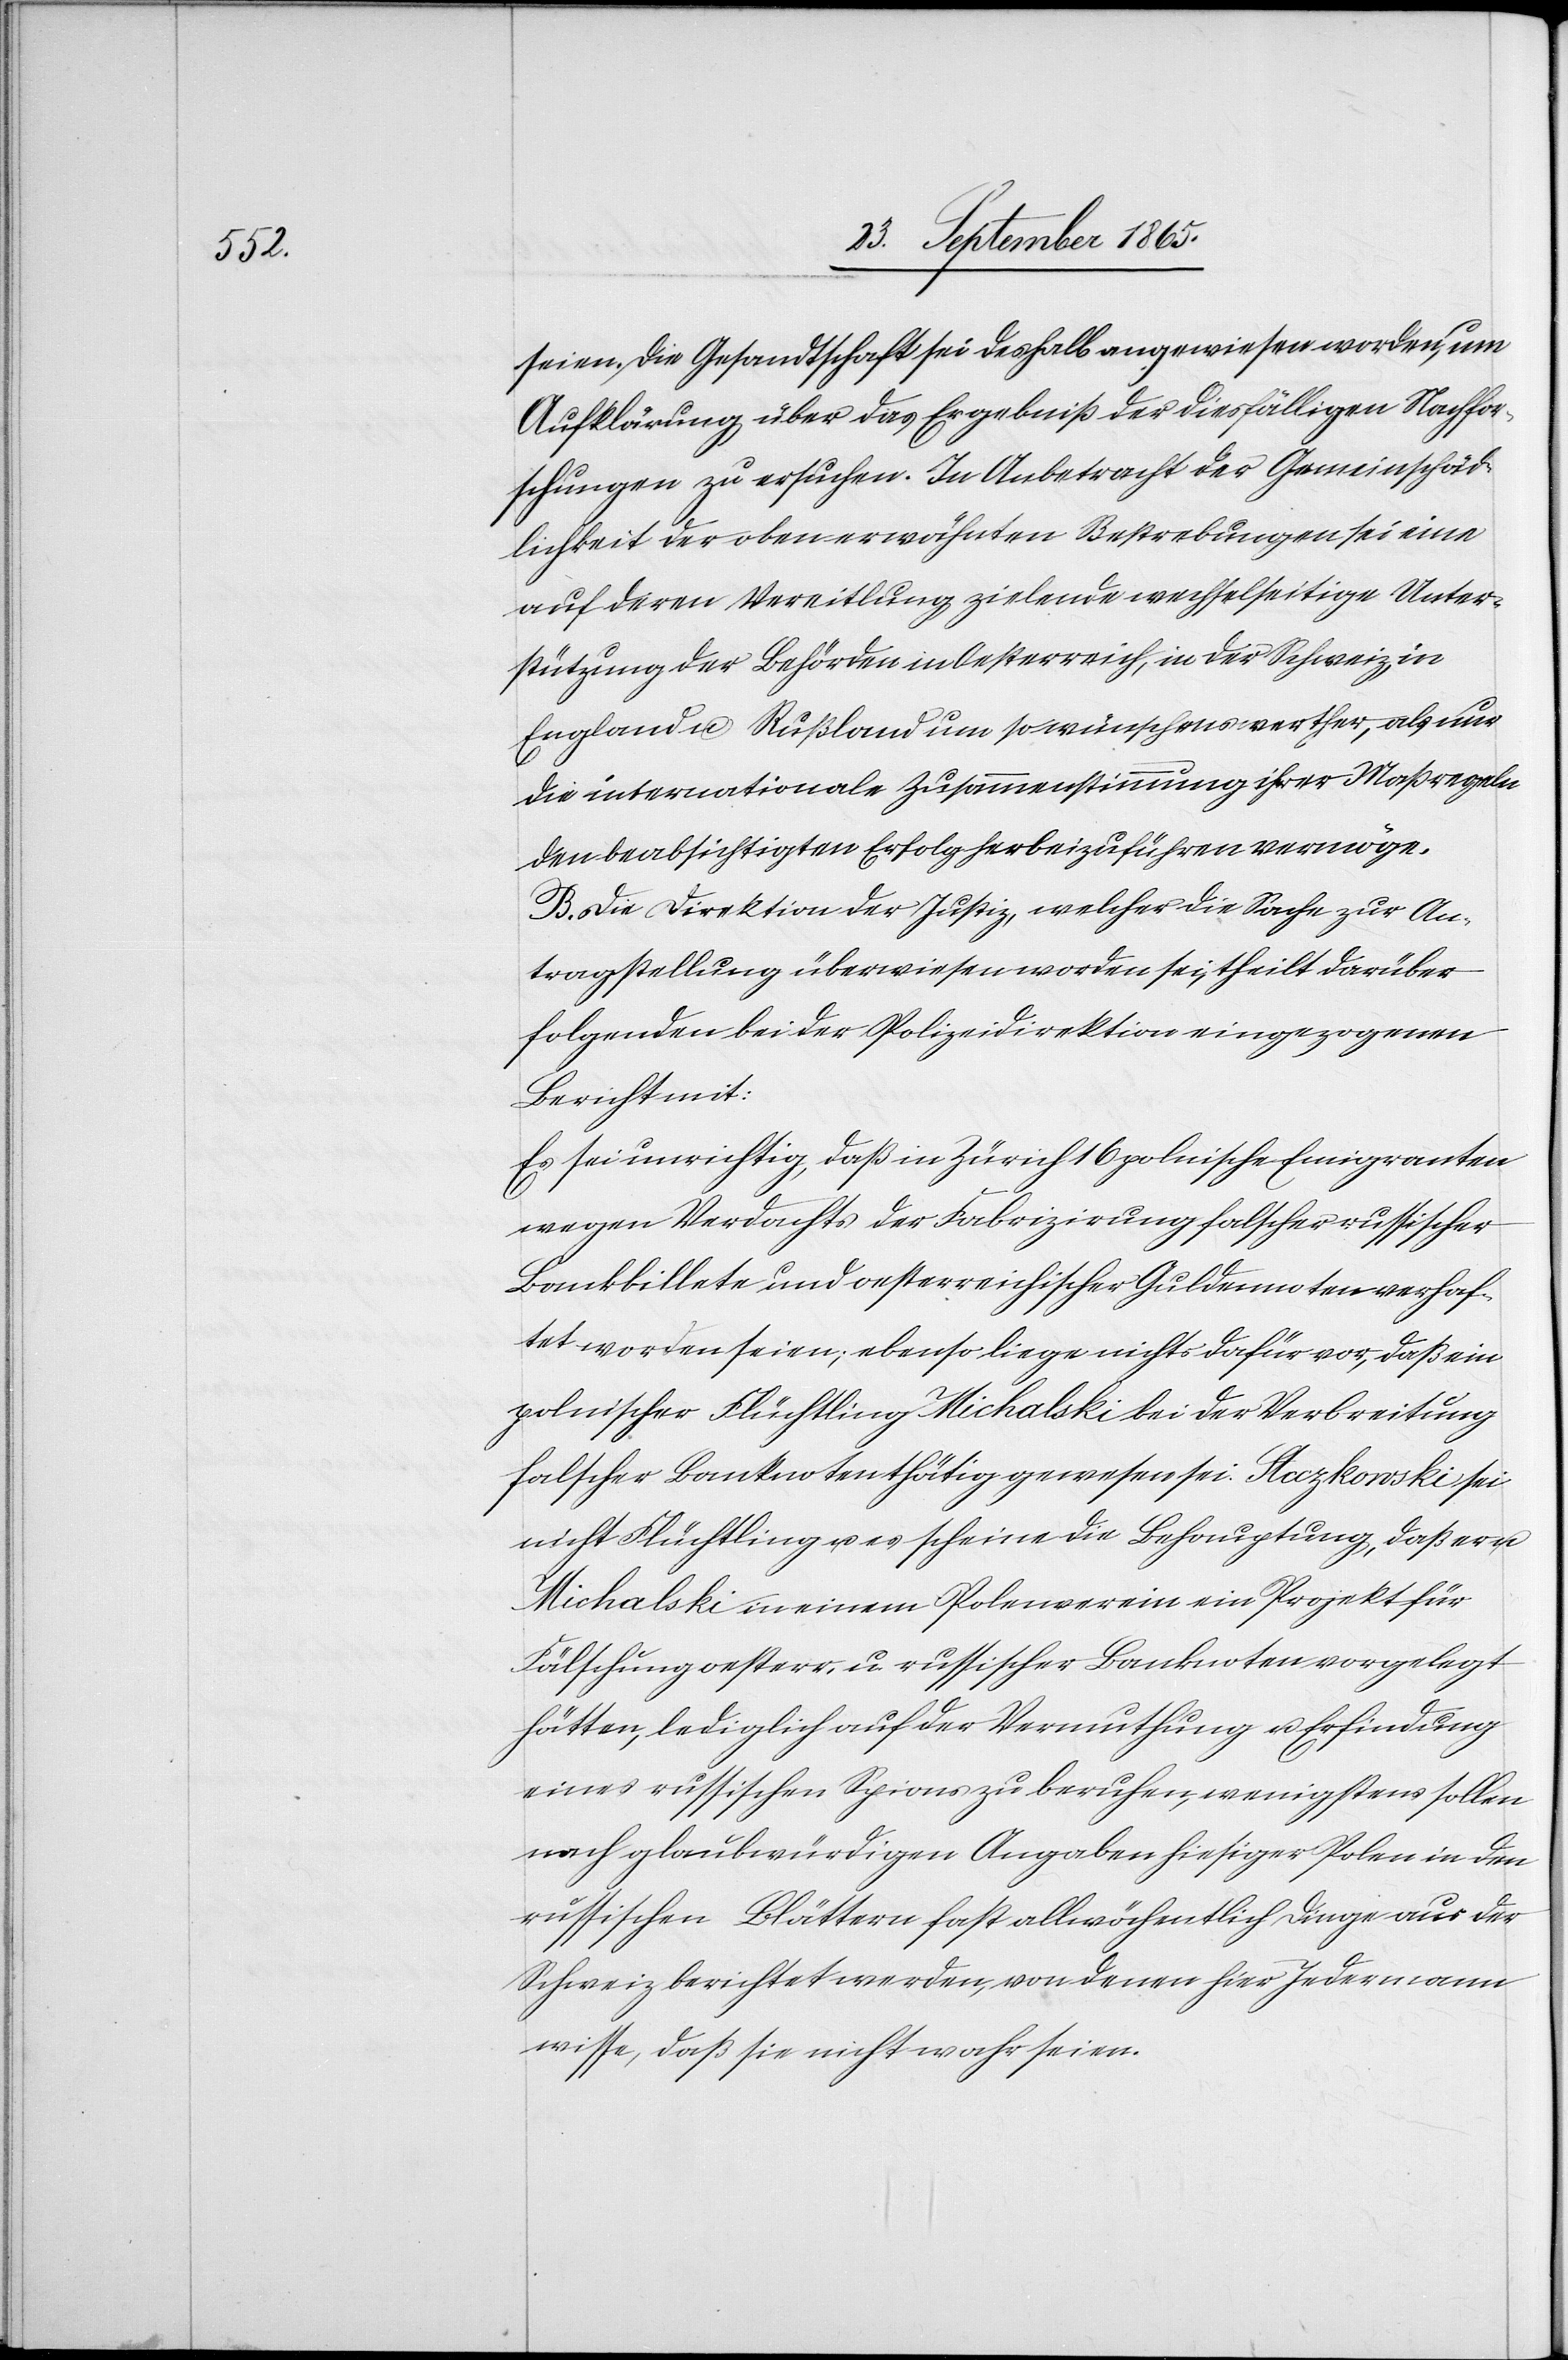
seien. Die Gesandtschaft sei deshalb angewiesen worden, um
Aufklärung über das Ergebniß der diesfälligen Nachfor¬
schungen zu ersuchen. In Anbetracht der Gemeinschäd¬
lichket der oben erwähnten Bestrebungen sei eine
auf deren Vereitlung zielende wechselseitige Unter¬
stützung der Behörden in Oesterreich, in der Schweiz, in
England u. Rußland um so wünschenswerther, als nur
die internationale Zusammenstimmung ihrer Maßregeln
den beabsichtigten Erfolg herbeizuführen vermöge.
B. Die Direktion der Justiz, welcher die Sache zur An¬
tragstellung überwiesen worden sei, theilt darüber
folgenden bei der Polizeidirektion eingezogenen
Bericht mit:
Es sei unrichtig, daß in Zürich 16 polnische Emigranten
wegen Verdachts der Fabrizirung falscher russischer
Bankbillete und oesterreichischer Guldennoten verhaf¬
tet worden seien; ebenso liege nichts dafür vor, daß ein
polnischer Flüchtling Michalski bei der Verbreitung
falscher Banknoten thätig gewesen sei. Steczkowski sei
nicht Flüchtling u. es scheine die Behauptung, daß er u.
Michalski in einem Polenverein ein Projekt für
Fälschung oesterr. u. russischer Banknoten vorgelegt
hätten, lediglich auf der Vermuthung u. Erfindung
eines russischen Spions zu beruhen, wenigstens sollen
nach glaubwürdigen Angaben hiesiger Polen in den
russischen Blättern fast allwöchentlich Dinge aus der
Schweiz berichtet werden, von denen hier Jedermann
wisse, daß sie nicht wahr seien.